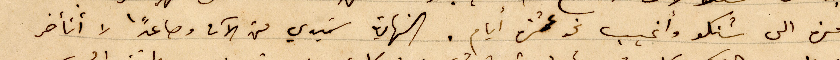
مرة الى شنكو وأغيب نحو عشرة أيام. النهاية سَيدي من الآن وصاعدًا لا أتأخر